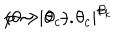
LaTeX: p \sim | \theta - \theta _ { c } | ^ { \beta _ { k } } \hspace { 1 . 0 c m } ( \theta > \theta _ { c } ) .